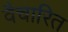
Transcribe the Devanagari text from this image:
वैचारित